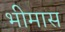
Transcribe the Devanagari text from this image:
भीमास